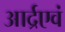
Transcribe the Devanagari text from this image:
आर्द्रएवं